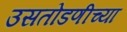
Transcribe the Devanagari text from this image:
उसतोडणीच्या